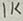
Text: 1K